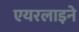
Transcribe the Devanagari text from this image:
एयरलाइने